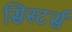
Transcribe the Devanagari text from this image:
सिस्टर्स